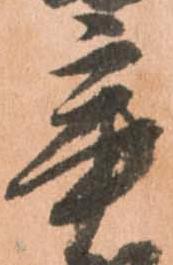
辛